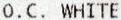
O.C. WHITE